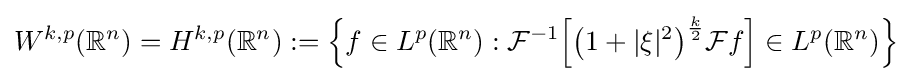
W^{k,p}(\mathbb {R} ^{n})=H^{k,p}(\mathbb {R} ^{n}):={\Big \{}f\in L^{p}(\mathbb {R} ^{n}):{\mathcal {F}}^{-1}{\Big [}{\big (}1+|\xi |^{2}{\big )}^{\frac {k}{2}}{\mathcal {F}}f{\Big ]}\in L^{p}(\mathbb {R} ^{n}){\Big \}}